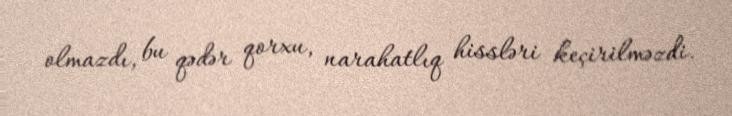
olmazdı, bu qədər qorxu, narahatlıq hissləri keçirilməzdi.